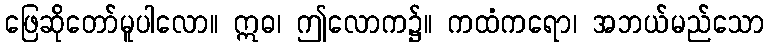
ဖြေဆိုတော်မူပါလော။ ဣဓ၊ ဤလောက၌။ ကထံကရော၊ အဘယ်မည်သော